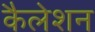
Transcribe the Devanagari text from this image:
कैलेशन